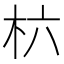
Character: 𣏥